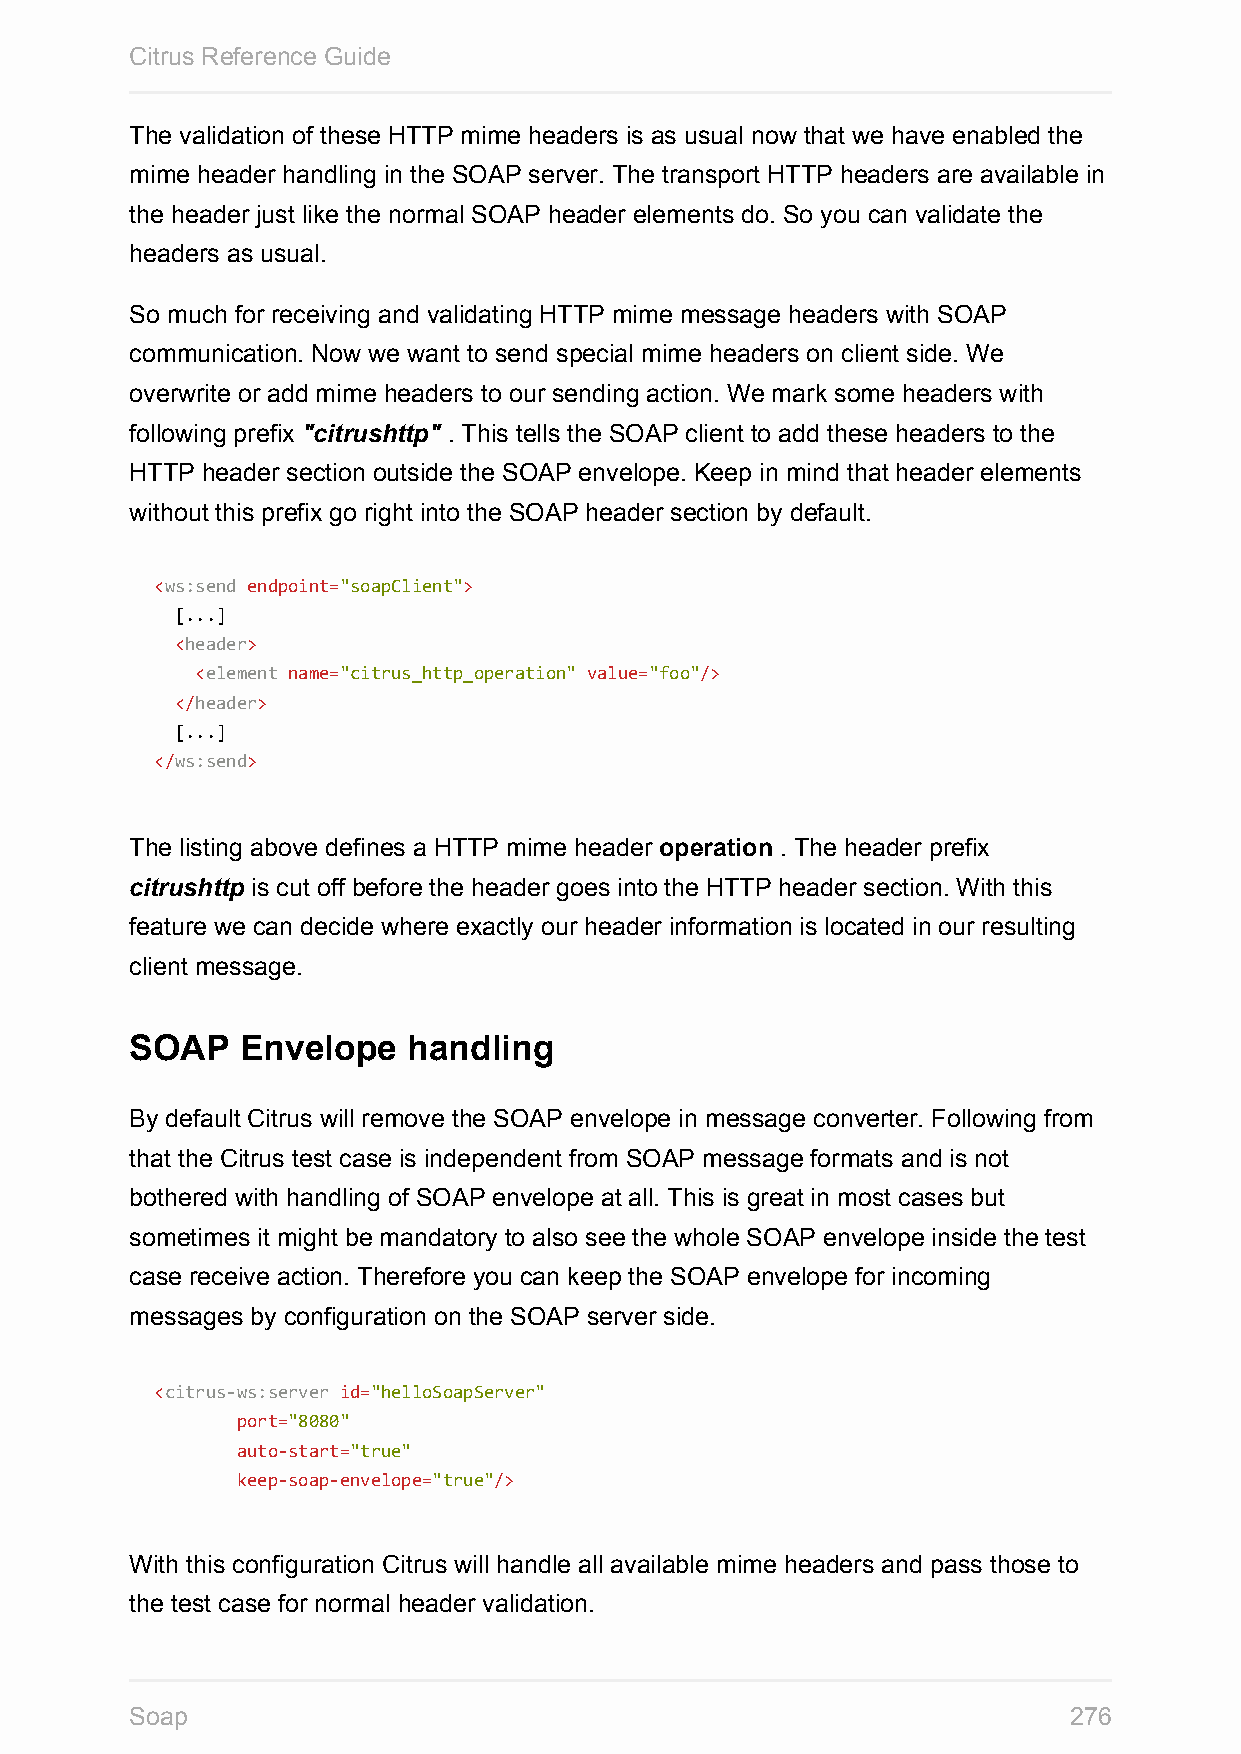
Citrus Reference Guide
 The validation of these HTTP mime headers is as usual now that we have enabled the
 mime header handling in the SOAP server. The transport HTTP headers are available in
 the header just like the normal SOAP header elements do. So you can validate the
 headers as usual.
 So much for receiving and validating HTTP mime message headers with SOAP
 communication. Now we want to send special mime headers on client side. We
 overwrite or add mime headers to our sending action. We mark some headers with
 following prefix "citrushttp" . This tells the SOAP client to add these headers to the
 HTTP header section outside the SOAP envelope. Keep in mind that header elements
 without this prefix go right into the SOAP header section by default.
 <ws:send endpoint="soapClient">
 [...]
 <header>
 <element name="citrus_http_operation" value="foo"/>
 </header>
 [...]
 </ws:send>
 The listing above defines a HTTP mime header operation . The header prefix
 citrushttp is cut off before the header goes into the HTTP header section. With this
 feature we can decide where exactly our header information is located in our resulting
 client message.
 SOAP   Envelope   handling
 By default Citrus will remove the SOAP envelope in message converter. Following from
 that the Citrus test case is independent from SOAP message formats and is not
 bothered with handling of SOAP envelope at all. This is great in most cases but
 sometimes it might be mandatory to also see the whole SOAP envelope inside the test
 case receive action. Therefore you can keep the SOAP envelope for incoming
 messages by configuration on the SOAP server side.
 <citrus-ws:server id="helloSoapServer"
 port="8080"
 auto-start="true"
 keep-soap-envelope="true"/>
 With this configuration Citrus will handle all available mime headers and pass those to
 the test case for normal header validation.
 Soap                                                          276